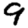
Digit: 9